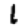
Digit: 1